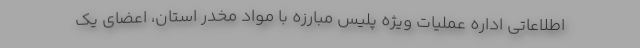
اطلاعاتی اداره عملیات ویژه پلیس مبارزه با مواد مخدر استان، اعضای یک